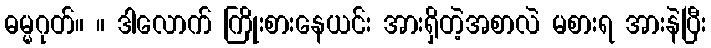
ဓမ္မဂုတ်။ ။ ဒါလောက် ကြိုးစားနေယင်း အားရှိတဲ့အစာလဲ မစားရ အားနဲပြီး